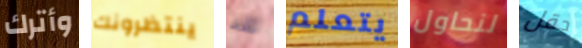
وأترك ينتظرونك لقد يتعلم لنحاول حقل